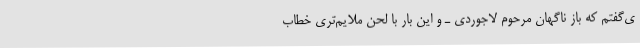
ی‌گفتم که باز ناگهان مرحوم لاجوردی ـ و این بار با لحن ملایم‌تری خطاب